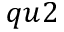
q u 2